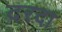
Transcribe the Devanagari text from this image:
दरदा